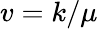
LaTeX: v=k/\mu